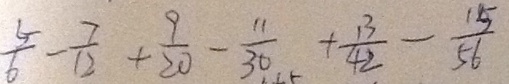
\frac { 5 } { 6 } - \frac { 7 } { 1 2 } + \frac { 9 } { 2 0 } - \frac { 1 1 } { 3 0 } + \frac { 1 3 } { 4 2 } - \frac { 1 5 } { 5 6 }